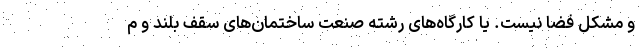
و مشکل فضا نیست. یا کارگاه‌های رشته صنعت ساختمان‌های سقف بلند و م